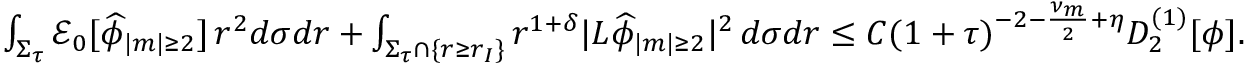
\begin{array} { r } { \int _ { \Sigma _ { \tau } } \mathcal { E } _ { 0 } [ \widehat { \phi } _ { | m | \geq 2 } ] \, r ^ { 2 } d \sigma d r + \int _ { \Sigma _ { \tau } \cap \{ r \geq r _ { I } \} } r ^ { 1 + \delta } | L \widehat { \phi } _ { | m | \geq 2 } | ^ { 2 } \, d \sigma d r \leq C ( 1 + \tau ) ^ { - 2 - \frac { \nu _ { m } } { 2 } + \eta } D _ { 2 } ^ { ( 1 ) } [ \phi ] . } \end{array}